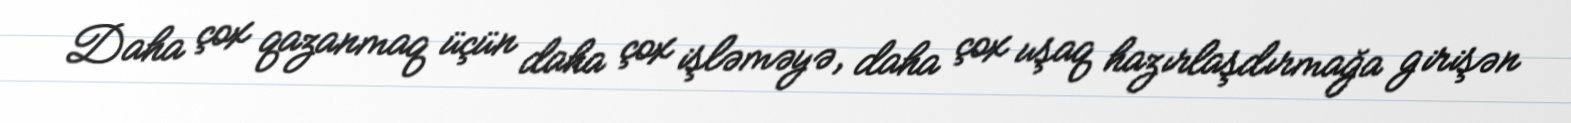
Daha çox qazanmaq üçün daha çox işləməyə, daha çox uşaq hazırlaşdırmağa girişən